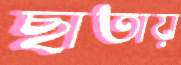
ছাতায়